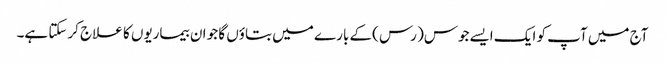
آج میں آپ کو ایک ایسےجوس( رس )کے بارے میں بتاؤں گا جو ان بیماریوں کا علاج کرسکتا ہے۔